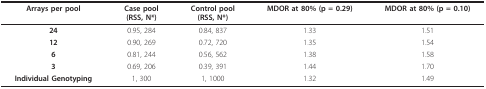
<table><thead><tr><td><b>Arrays per pool</b></td><td><b>Case pool(RSS, N*)</b></td><td><b>Control pool(RSS, N*)</b></td><td><b>MDOR at 80% (p = 0.29)</b></td><td><b>MDOR at 80% (p = 0.10)</b></td></tr></thead><tbody><tr><td><b>24</b></td><td>0.95, 284</td><td>0.84, 837</td><td>1.33</td><td>1.51</td></tr><tr><td><b>12</b></td><td>0.90, 269</td><td>0.72, 720</td><td>1.35</td><td>1.54</td></tr><tr><td><b>6</b></td><td>0.81, 244</td><td>0.56, 562</td><td>1.38</td><td>1.58</td></tr><tr><td><b>3</b></td><td>0.69, 206</td><td>0.39, 391</td><td>1.44</td><td>1.70</td></tr><tr><td><b>Individual Genotyping</b></td><td>1, 300</td><td>1, 1000</td><td>1.32</td><td>1.49</td></tr></tbody></table>